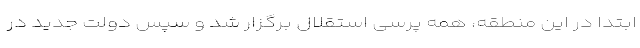
ابتدا در این منطقه، همه پرسی استقلال برگزار شد و سپس دولت جدید در